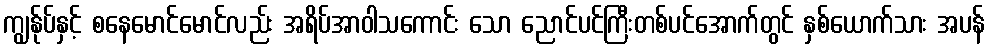
ကျွန်ုပ်နှင့် စနေမောင်မောင်လည်း အရိပ်အာဝါသကောင်း သော ညောင်ပင်ကြီးတစ်ပင်အောက်တွင် နှစ်ယောက်သား အပန်